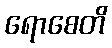
ရောစေတိ